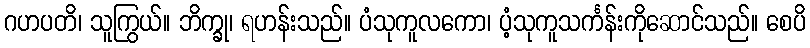
ဂဟပတိ၊ သူကြွယ်။ ဘိက္ခု၊ ရဟန်းသည်။ ပံသုကူလကော၊ ပံ့သုကူသင်္ကန်းကိုဆောင်သည်။ စေပိ